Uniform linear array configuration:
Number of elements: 12
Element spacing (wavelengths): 0.5
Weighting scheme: blackman
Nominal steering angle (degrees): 15
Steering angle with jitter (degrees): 14.357
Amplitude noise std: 0.05
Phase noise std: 0.05

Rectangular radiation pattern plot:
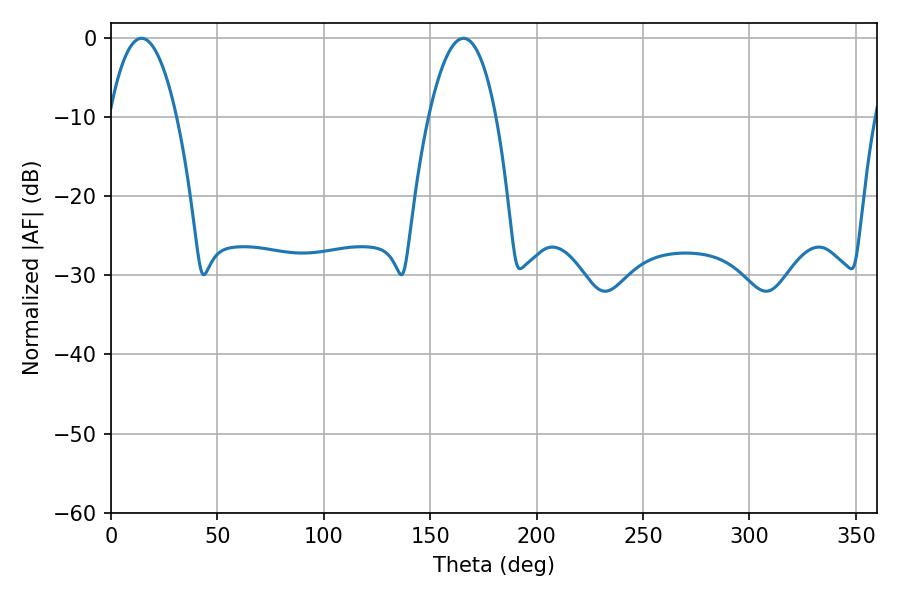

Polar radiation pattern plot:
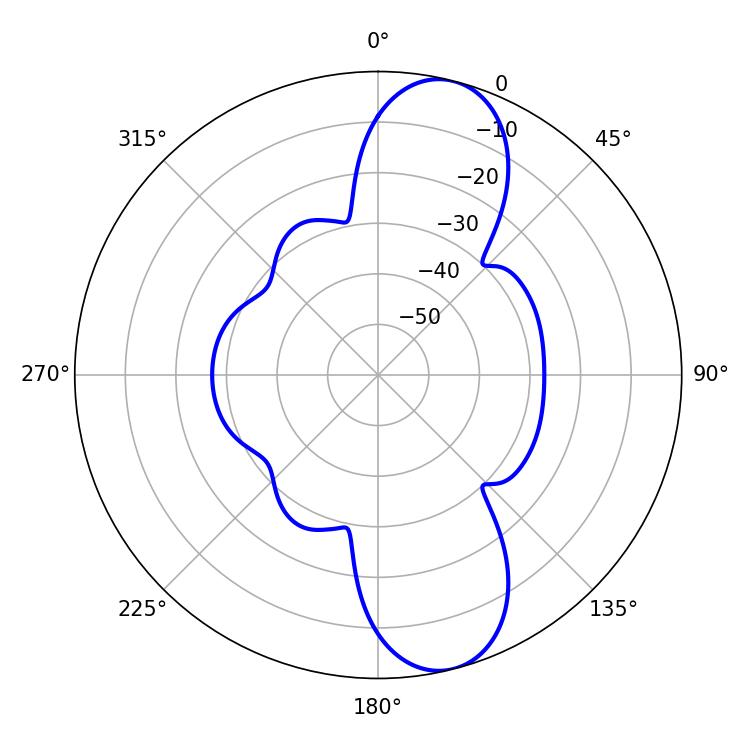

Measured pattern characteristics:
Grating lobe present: FALSE
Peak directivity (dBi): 10.831
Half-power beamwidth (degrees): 17.64
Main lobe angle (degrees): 14.4